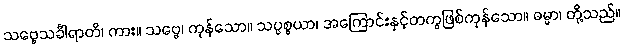
သဗ္ဗေသင်္ခါရာတိ၊ ကား။ သဗ္ဗေ၊ ကုန်သော။ သပ္ပစ္စယာ၊ အကြောင်းနှင့်တကွဖြစ်ကုန်သော။ ဓမ္မာ၊ တို့သည်။